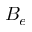
B _ { e }